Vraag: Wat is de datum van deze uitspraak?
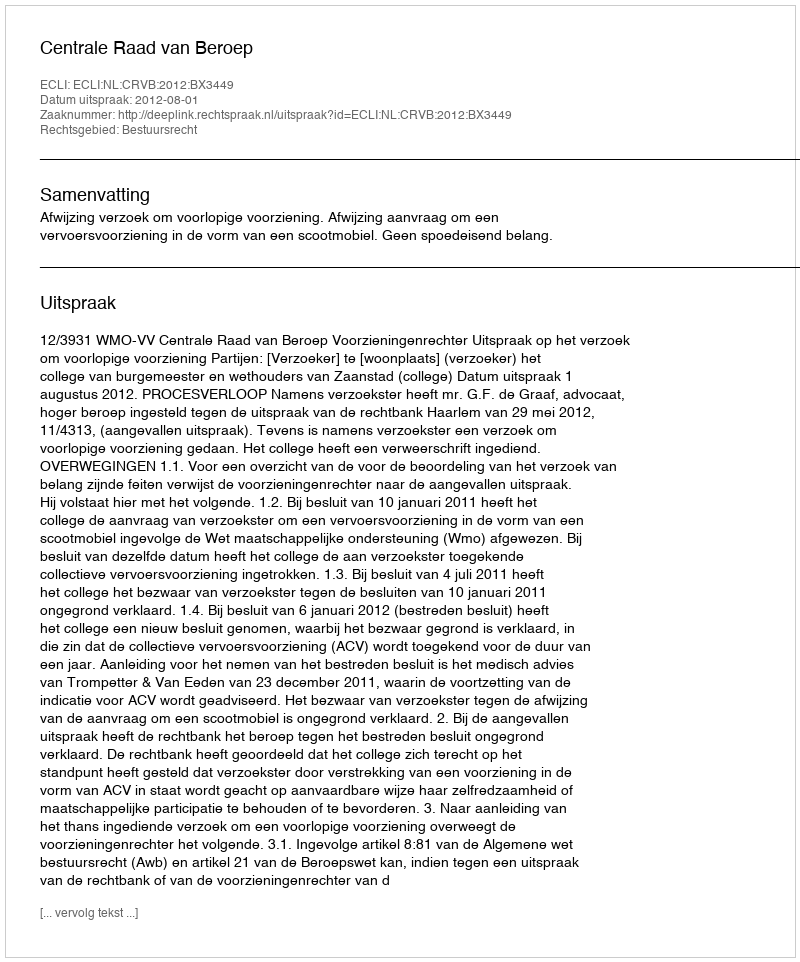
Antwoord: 2012-08-01